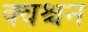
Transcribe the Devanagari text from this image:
क्वश्चन